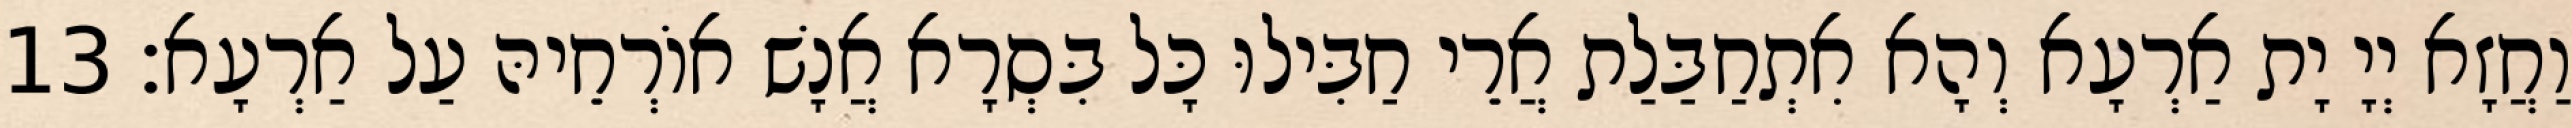
וַחֲזָא יְיָ יָת אַרְעָא וְהָא אִתְחַבַּלַת אֲרֵי חַבִּילוּ כָּל בִּסְרָא אֲנָשׁ אוֹרְחֵיהּ עַל אַרְעָא׃ 13